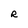
Character: R